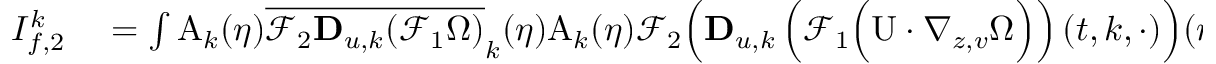
\begin{array} { r l } { I _ { f , 2 } ^ { k } } & { { } = \int \mathrm { A } _ { k } ( \eta ) \overline { { \mathcal { F } _ { 2 } \mathbf { D } _ { u , k } ( \mathcal { F } _ { 1 } \Omega ) } } _ { k } ( \eta ) \mathrm { A } _ { k } ( \eta ) \mathcal { F } _ { 2 } \Big ( \mathbf { D } _ { u , k } \left( \mathcal { F } _ { 1 } \Big ( \mathrm { U } \cdot \nabla _ { z , v } \Omega \Big ) \right) ( t , k , \cdot ) \Big ) ( \eta ) d \eta } \end{array}